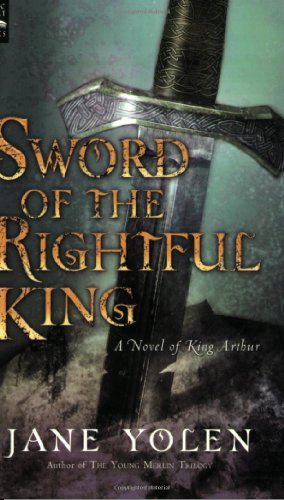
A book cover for Sword of the Rightful King: A Novel of King Arthur; Jane Yolen; Teen & Young Adult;